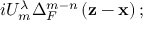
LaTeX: i U _ { m } ^ { \lambda } \Delta _ { F } ^ { m - n } \left( \mathbf { z - x } \right) ;